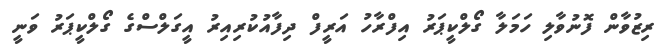
ރިޒުވާން ފޮނުވާލި ހަމަލާ ގޯލްކީޕަރު އިފްރާހު އަރީފް ދިފާއުކުރިއިރު އީގަލްސްގެ ގޯލްކީޕަރު ވަނީ